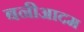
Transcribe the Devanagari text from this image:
बनीआदम